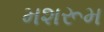
મશરૂમ